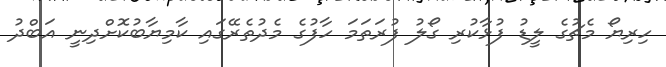
ހިރިޔޯ މެޗުގެ ލީޑު ފުޅާކުރި ގޯލު ފުރަތަމަ ހާފުގެ މެދުތެރޭގައި ކާމިޔާބުކޮށްދިނީ އަބްދު